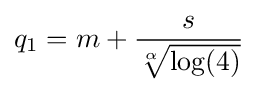
q_{1}=m+{\frac {s}{\sqrt[{\alpha }]{\log(4)}}}